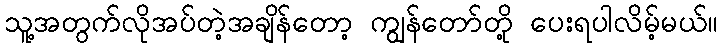
သူ့အတွက်လိုအပ်တဲ့အချိန်တော့ ကျွန်တော်တို့ ပေးရပါလိမ့်မယ်။